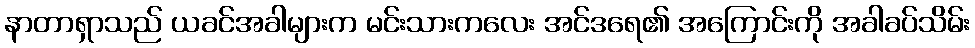
နာတာရှာသည် ယခင်အခါများက မင်းသားကလေး အင်ဒရေ၏ အကြောင်းကို အခါခပ်သိမ်း